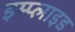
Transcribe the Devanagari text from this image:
इम्प्‍लाइड